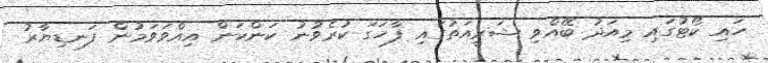
ހައި ކޯޓުގައި މިއަދު ބޭއްވި ޝަރީއަތުގައި ފާހަގަ ކުރެވުނު ކަންކަން އިއްވަވަމުން ފަނޑިޔާރު